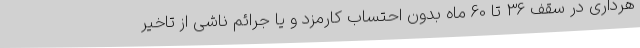
هرداری در سقف 36 تا 60 ماه بدون احتساب کارمزد و یا جرائم ناشی از تاخیر